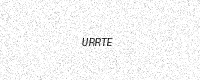
Text: URRTE